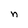
Character: n